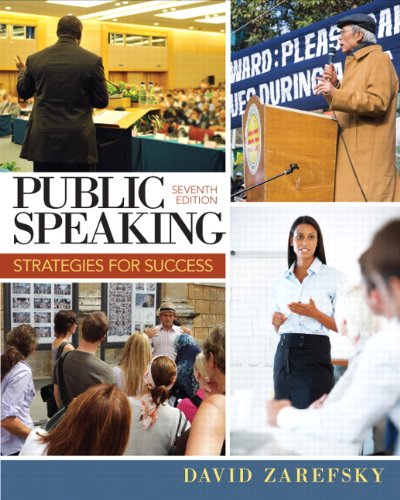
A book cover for Public Speaking: Strategies for Success (7th Edition); David Zarefsky; Humor & Entertainment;